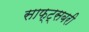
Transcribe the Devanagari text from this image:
साफ्ट्सबरी